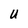
Character: U